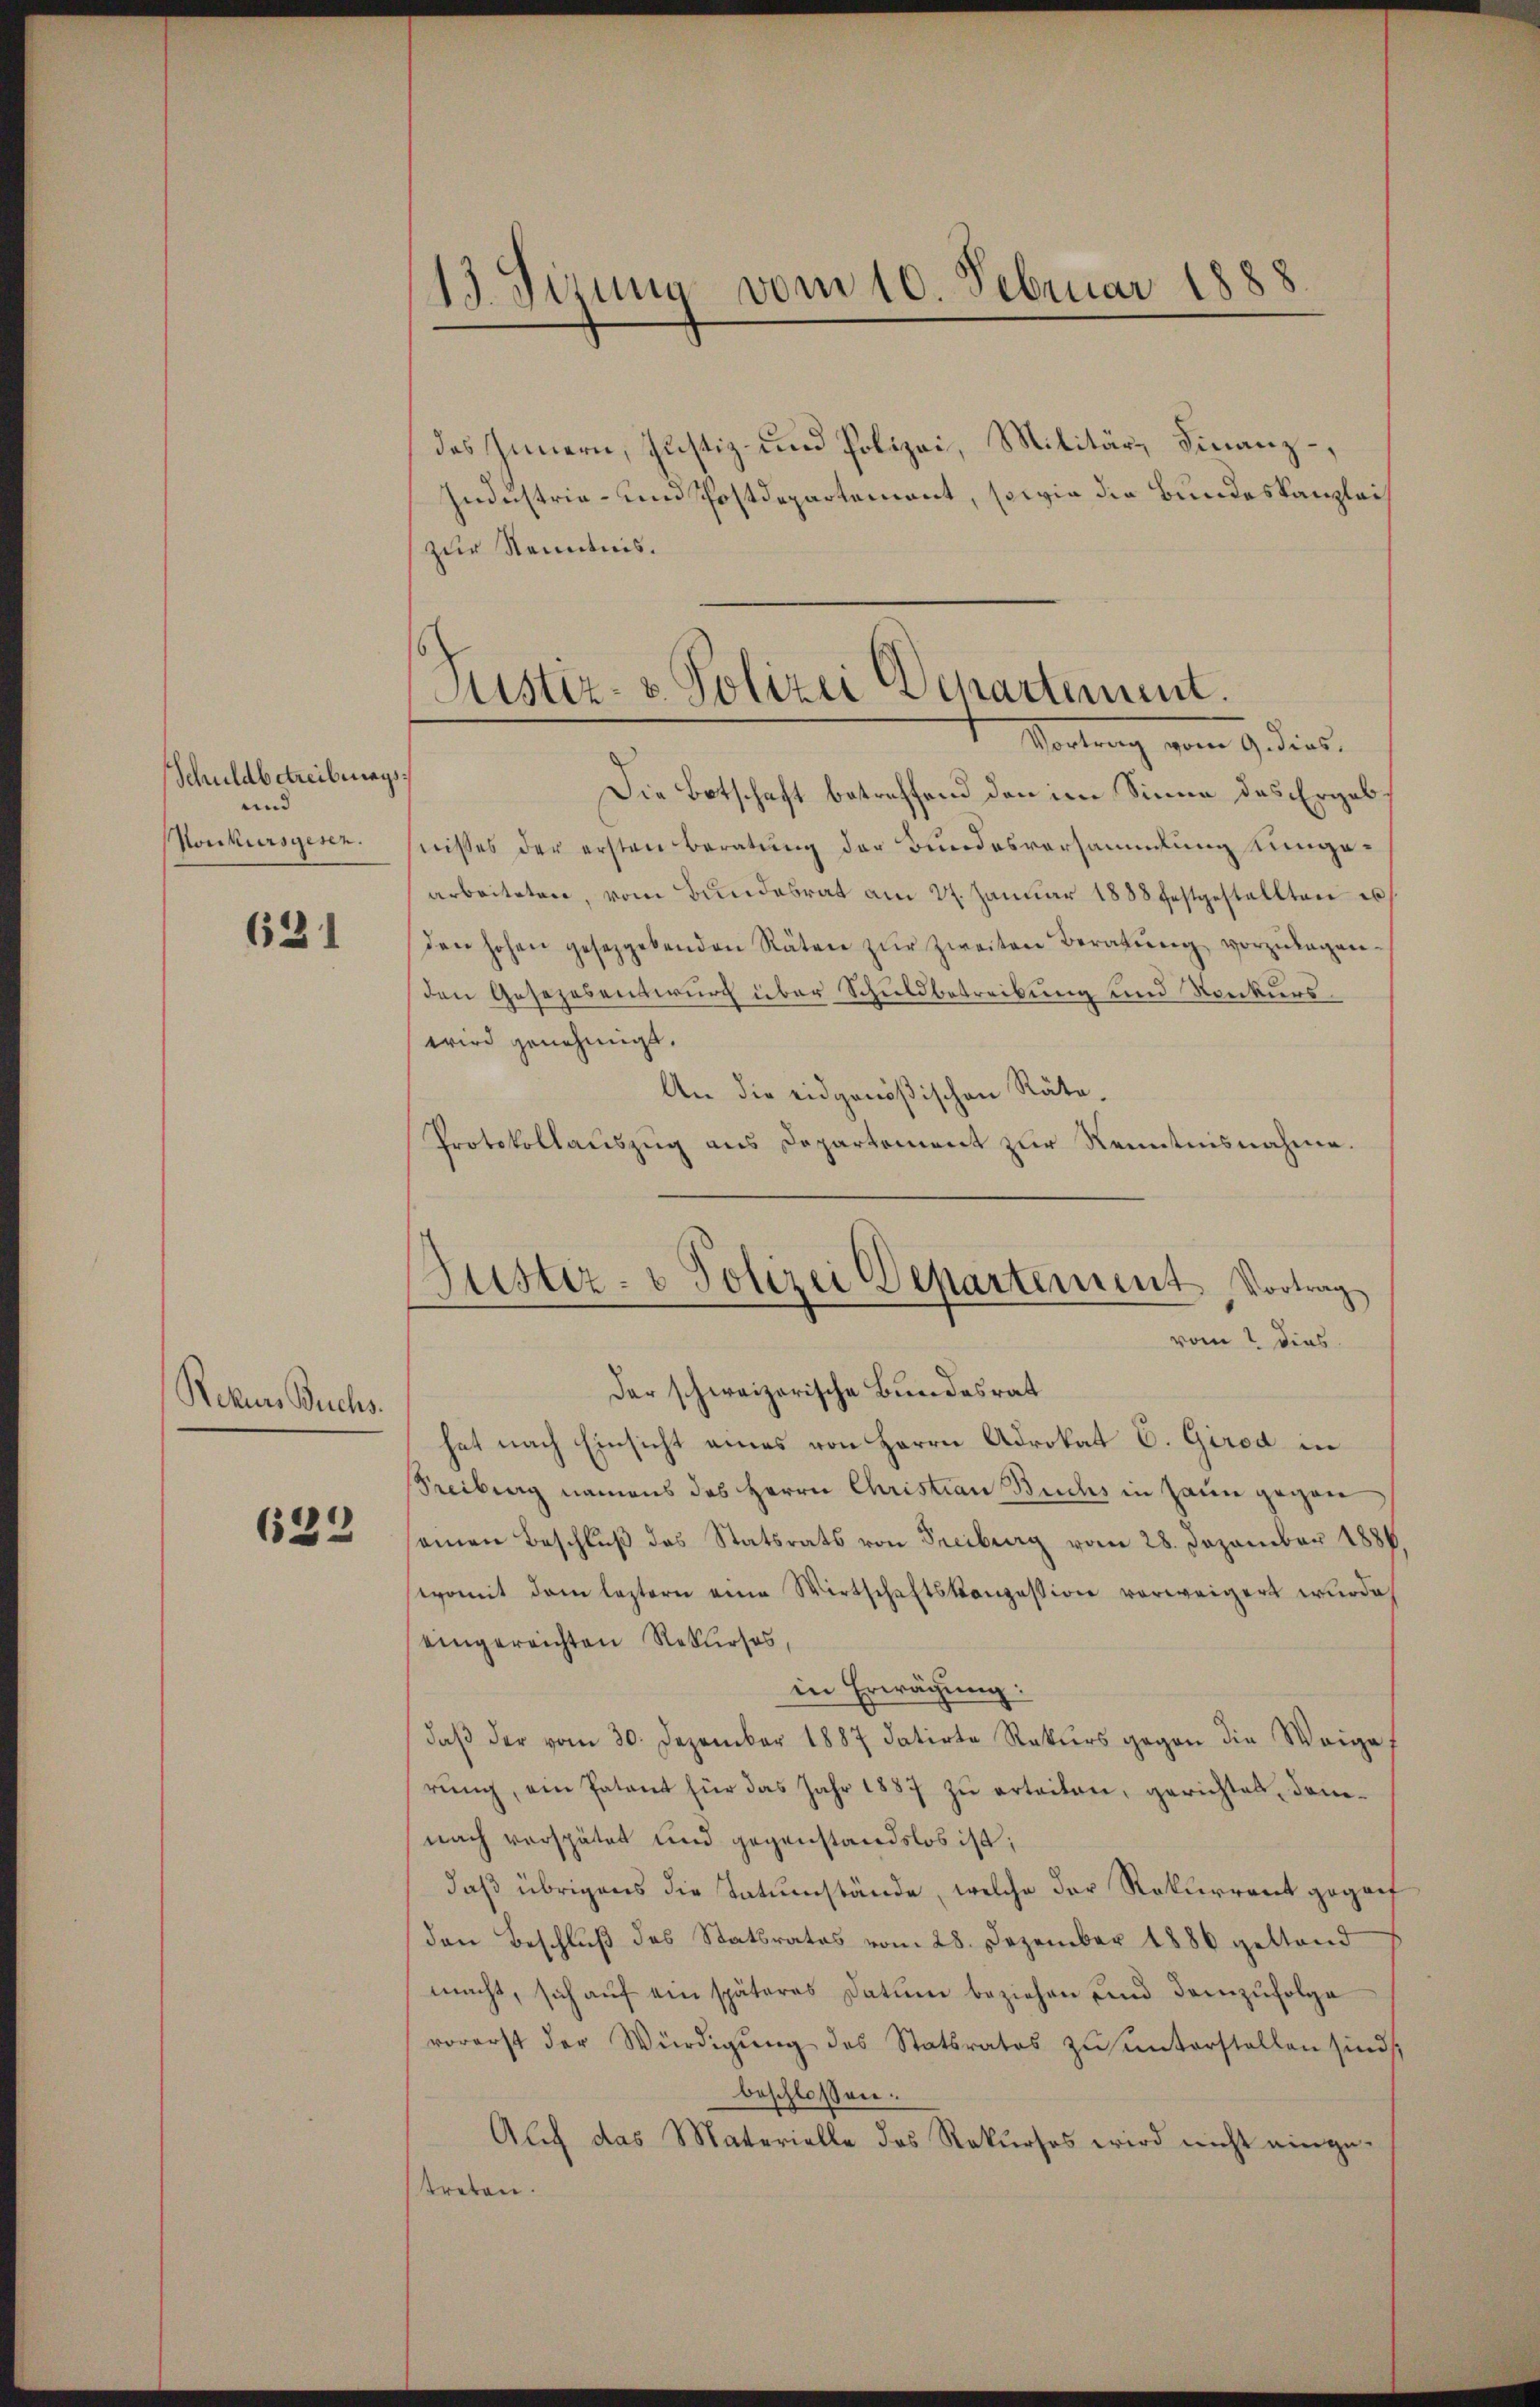
Schuldbetreibungs
und
Honkursgesen.

631

Rekurs Buchs.

632

13. Sirung vom 10. Februar 1888

des Innern, Justiz- und Polizei, Militär, Finanz-
Industria- und Postdepartemont, sowie die Bundeskanzlei
zur Kenntnis.
Die Botschaft betreffend den im Sinne des Ergebnisses der ersten Beratung der Bundesvorsammlung eingearbeiteten, vom Bŭndesrat am 27. Januar 1888 festgestellten es
den hohen gesetzgebenden Räten zŭr Zweiten Beratung vorzulagen.
den Gesezesentwurf über Schuldbetreibung und Konkurswird genehmigt.
An die eidgenößischen Räte.
Protokollauszug aus Departement zur Kenntnisnahme.
Der schweizerische Bundesrat
hat nach Einsicht eines von Herrn Adrokat C. Girod in
Freiburg namens das Herrn Christian Buchs in Zaun gegen
samen Beschlŭβ des Statsrats von Freiburg vom 28. Dezember 1886
womit dem leztern eine Wirtschaftskonzession vorweigert wurde,
eingereichten Rekurses,
in Erwägung:
daβ der vom 30. Dezember 1887 datirte Rekŭrs gegen die Weigef
rŭng, ein Patent für das Jahr 1887 zu erteiten, gerichtet, demnach verspätet und gegenstandslos ist;
daß übrigens die Tatumstände, welche der Rekurrent gegenf
den Beschlŭβ des Statsrates vom 28. Dezember 1886 gestand
macht, sich aŭf ein späteres Datum beziehen und demzufolge
vorerst der Würdigung des Statsrates zu unterstellen sind,
beschloßen:
Auch das Materielle das Rekŭrses wird nicht einge-
treten.

Justiz- u. Polizei Departement.
Vortung vom 9. dies

Justiz- & Polizei Departement, Vortrag
vom 2 dies